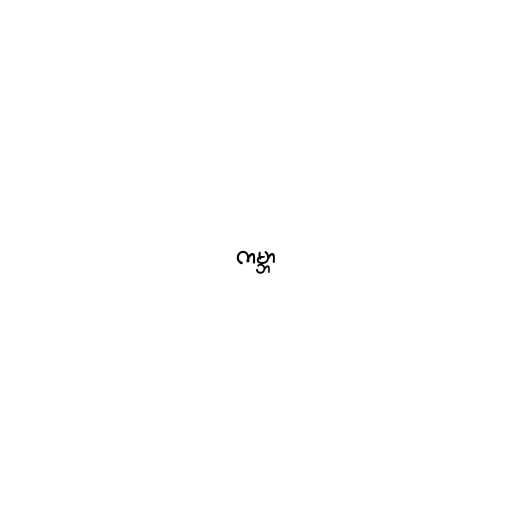
ကမ္ဘာ